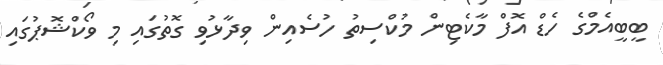
ބީބީއެމްގެ ހެޑް އޮފް މާކެޓިން މުކްސިތު ހުސެއިން ވިދާޅުވި ގޮތުގައި މި ވޯކްޝޮޕުގައި